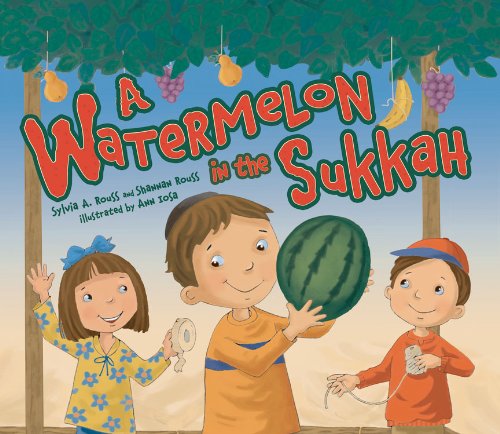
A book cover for A Watermelon in the Sukkah; Sylvia A. Rouss; Children's Books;